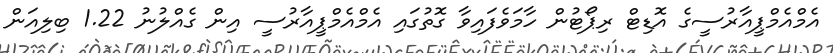
އެމްއެމްޕީއާރުސީގެ އޮޑިޓް ރިޕޯޓުން ހާމަވެފައިވާ ގޮތުގައި އެމްއެމްޕީއާރުސީ އިން ގެއްލުނު 1.22 ބިލިއަން